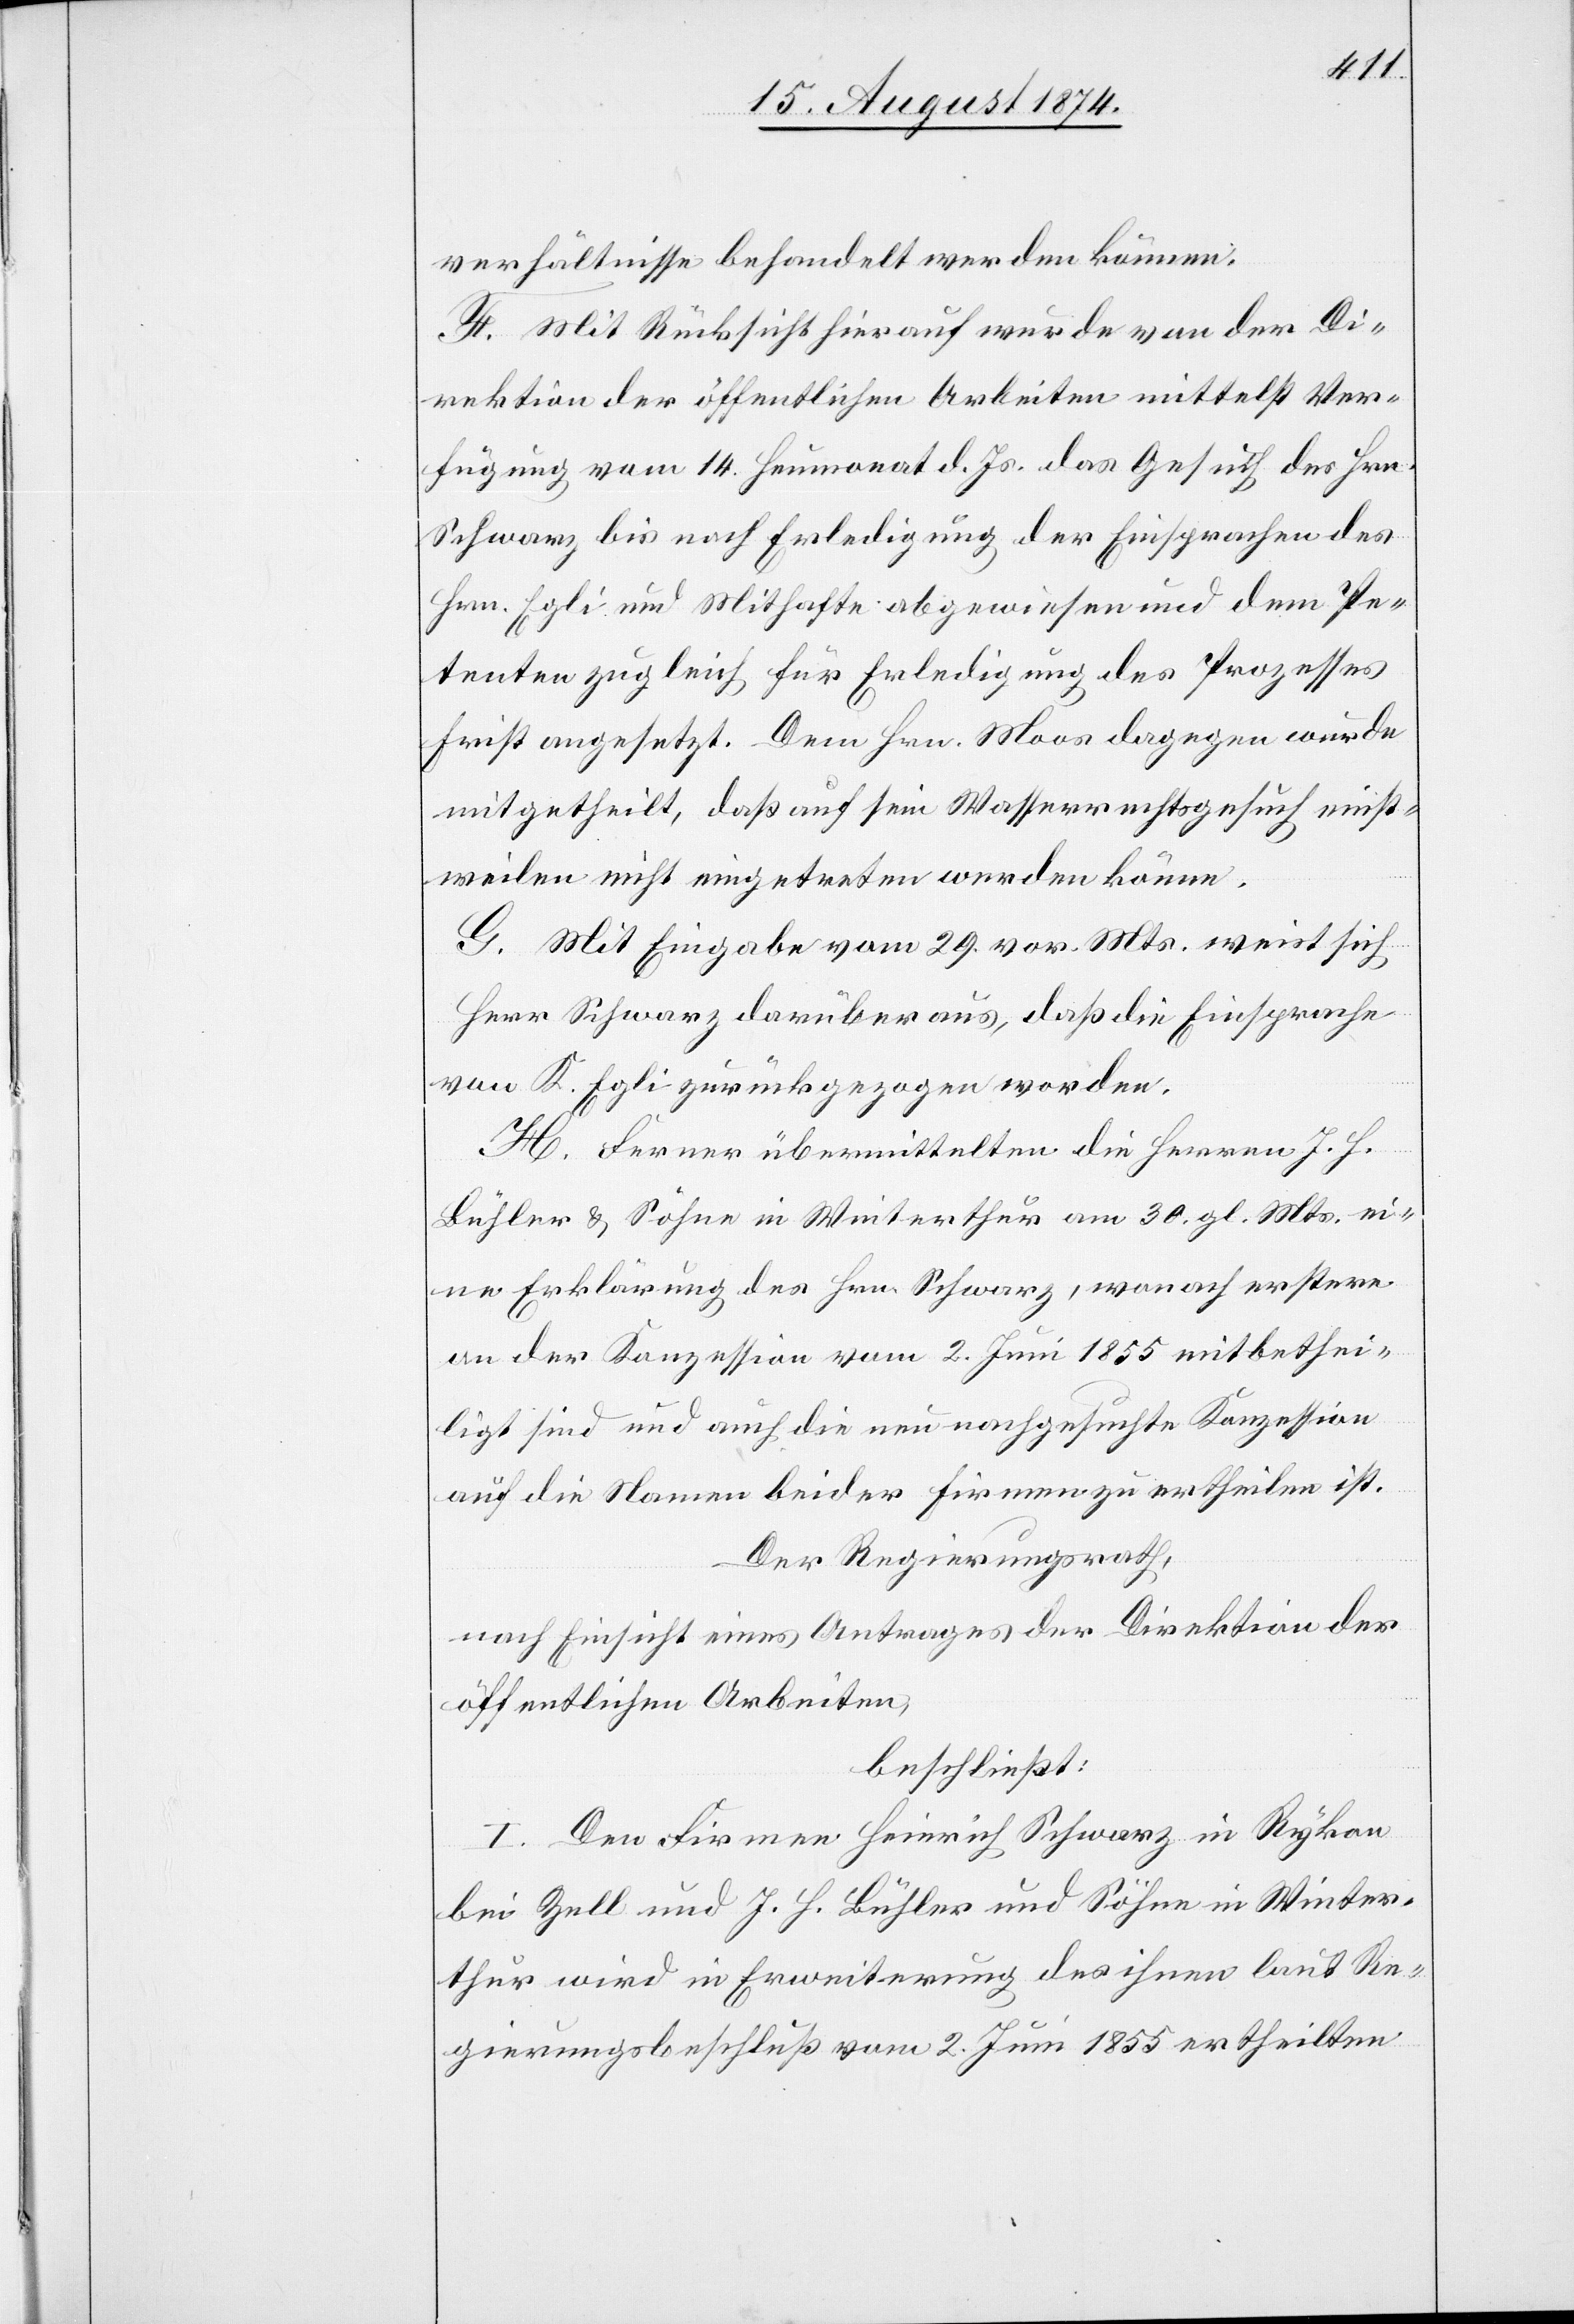
verhältnisse behandelt werden können.
F. Mit Rücksicht hierauf wurde von der Di¬
rektion der öffentlichen Arbeiten mittelst Ver¬
fügung vom 14. Heumonat d. Js. das Gesuch des Hrn.
Schwarz bis nach Erledigung der Einsprachen des
Hrn. Egli und Mithafte abgewiesen und dem Pe¬
tenten zugleich für Erledigung des Prozesses
Frist angesetzt. Dem Hrn. Moos dagegen wurde
mitgetheilt, daß auf sein Wasserrechtsgesuch einst¬
weilen nicht eingetreten werden könne.
G. Mit Eingabe vom 29. vor. Mts. weist sich
Herr Schwarz darüber aus, daß die Einsprache
von K. Egli zurückgezogen worden.
H. Ferner übermittelten die Herren J. H.
Bühler u. Söhne in Winterthur am 30. gl. Mts. ei¬
ne Erklärung des Hrn. Schwarz, wonach erstere
an der Konzession vom 2. Juni 1855 mitbethei¬
ligt sind und auch die neue nachgesuchte Konzession
auf die Namen beider Firmen zu ertheilen ist.
Der Regierungsrath,
nach Einsicht eines Antrages der Direktion der
öffentlichen Arbeiten,
beschließt:
I. Den Firmen Heinrich Schwarz in Rykon
bei Zell und J. H. Bühler und Söhne in Winter¬
thur wird in Erweiterung des ihnen laut Re¬
gierungsbeschluß vom 2. Juni 1855 ertheilten